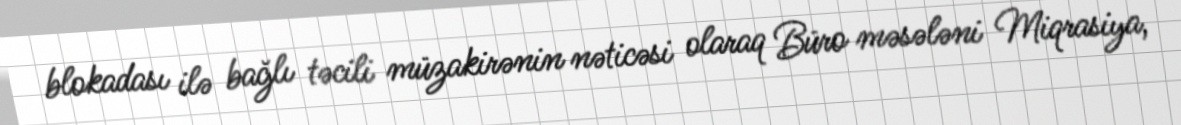
blokadası ilə bağlı təcili müzakirənin nəticəsi olaraq Büro məsələni Miqrasiya,